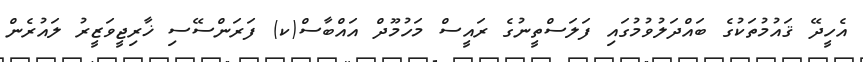
އެހީދޭ ޤައުމުތަކުގެ ބައްދަލުވުމުގައި ފަލަސްތީނުގެ ރައީސް މަހުމޫދް އައްބާސް(ކ) ފަރަންސޭސި ޚާރިޖީވަޒީރު ލައުރެން